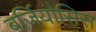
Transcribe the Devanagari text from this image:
बर्जियौसिस